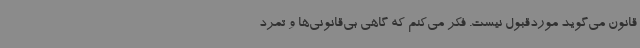
قانون می‌گوید موردقبول نیست. فکر می‌کنم که گاهی بی‌قانونی‌ها و تمرد